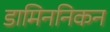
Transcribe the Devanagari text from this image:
डामिननिकन